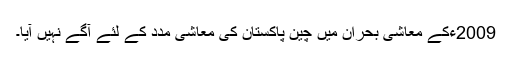
2009ءکے معاشی بحران میں چین پاکستان کی معاشی مدد کے لئے آگے نہیں آیا۔